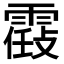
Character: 𩄸